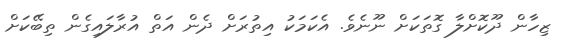
ޒިހާން ދޫކޮށްލާ ގޮތަކަށް ނޫނެވެ. އެކަމަކު އިތުރަށް ދެން އަތް އުރާލައިގެން ތިބޭކަށް